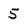
Character: 5